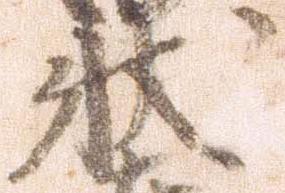
状